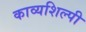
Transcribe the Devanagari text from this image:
काव्यशिल्पी